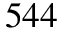
5 4 4